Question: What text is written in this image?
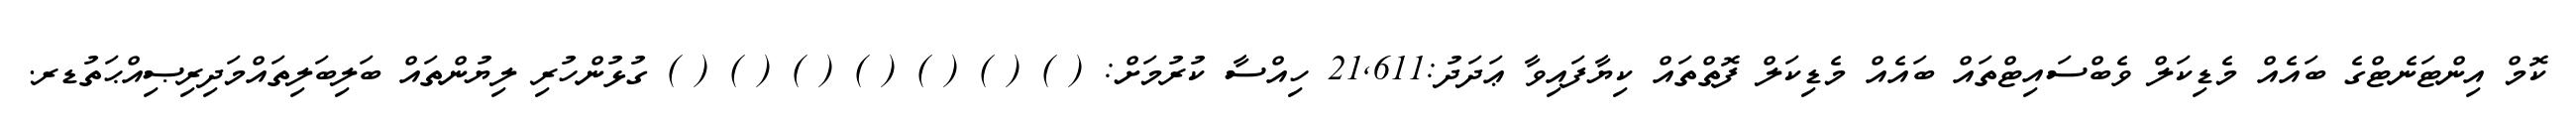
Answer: ކޮމް އިންޓަނެޓްގެ ބައެއް މެޑިކަލް ވެބްސައިޓްތައް ބައެއް މެޑިކަލް ފޮތްތައް ކިޔާފައިވާ ޢަދަދު:21,611 ހިއްސާ ކުރުމަށް: ( ) ( ) ( ) ( ) ( ) ( ) ( ) ގުޅުންހުރި ލިޔުންތައް ބަލިބަލިތައްމަދިރިޞިއްޙަތުޑރ.